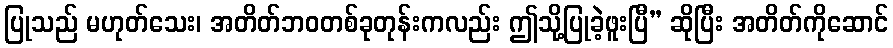
ပြုသည် မဟုတ်သေး၊ အတိတ်ဘဝတစ်ခုတုန်းကလည်း ဤသို့ပြုခဲ့ဖူးပြီ” ဆိုပြီး အတိတ်ကိုဆောင်